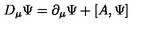
D _ { \mu } \Psi = \partial _ { \mu } \Psi + \left[ A , \Psi \right]